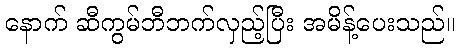
နောက် ဆီကွမ်ဘီဘက်လှည့်ပြီး အမိန့်ပေးသည်။